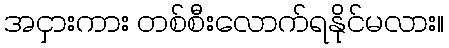
အငှားကား တစ်စီးလောက်ရနိုင်မလား။